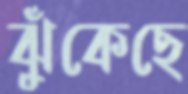
ঝুঁকেছে